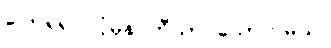
ပြောရရင် ပုံမှန် ဘီယာ သောက်မယ်။